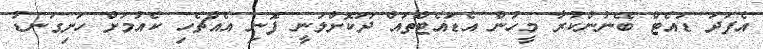
އެފަދަ ޑައެޓް ބޭނުންކުރާ މީހުން އެޑައެޓްތައް ދޫކޮށްލަނީ ފޮނި އެއްޗެހި ކެއުމަށް ހަށިގަނޑު